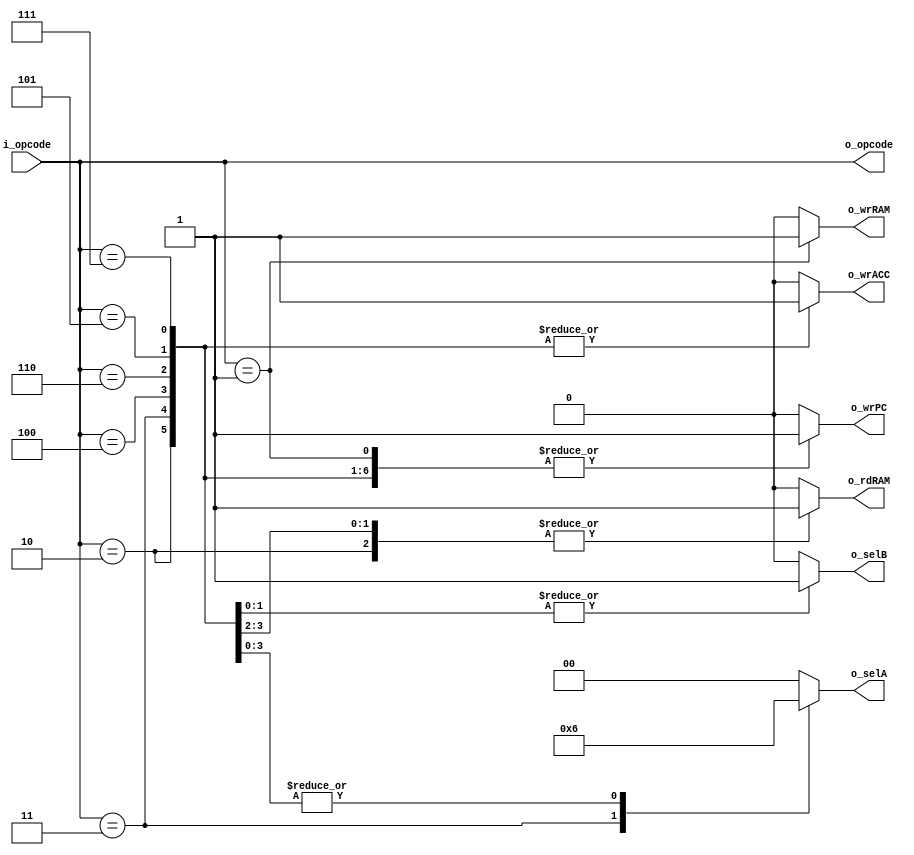
`timescale 1ns / 1ps

//////////////////////////////////////////////////////////////////////////////////
// Company: 
// 
// Design Name: 
// Module Name: top_arquitectura
// Project Name: BIPI
// Target Devices: 
// Tool Versions: 
// Description:
// 
// Dependencies: 
// 
// Revision:
// Revision 0.01 - File Created
// Additional Comments:
// 
//////////////////////////////////////////////////////////////////////////////////

module instruction_decoder
#(
  parameter OPCODE_LENGTH = 5   
)

(
  input [OPCODE_LENGTH - 1 : 0] i_opcode,//opcode leido de la mem de programa
  output reg o_wrPC,                    //variables de control para el direccionamiento de seales en el datapath
  output reg o_wrACC,
  output reg [1 : 0] o_selA,
  output reg o_selB,
  output reg [OPCODE_LENGTH - 1 : 0] o_opcode,
  output reg o_wrRAM,
  output reg o_rdRAM
);


  always @(*) begin
    case (i_opcode)

      5'b00000 : begin //inst halt
        o_wrPC = 0;//detengo el program counter
        o_wrACC = 0;//desactivo escritura al registro acc
        o_selA = 0;//no se cambia el reg acc
        o_selB = 0;
        o_opcode = i_opcode;
        o_wrRAM = 0;//no se usa mem de datos
        o_rdRAM = 0;
      end

      5'b00001 : begin //inst store variable
        o_wrPC = 1;//Pc incrementa enable
        o_wrACC = 0;//escritura al registro acc disabled
        o_selA = 0;//no se cambia el reg acc
        o_selB = 0;//no se utiliza la salida de la alu
        o_opcode = i_opcode;
        o_wrRAM = 1;//se escribe en ram de mem de datos
        o_rdRAM = 0;
      end

      5'b00010 : begin //inst load variable
        o_wrPC = 1;//Pc incrementa enable
        o_wrACC = 1;//escribo al registro acc
        o_selA = 0;//escribo al ACC Dato en memoria de datos en la dir especif en la instruccion
        o_selB = 0;//no se utiliza la salida de la alu
        o_opcode = i_opcode;
        o_wrRAM = 0;
        o_rdRAM = 1;//leo de la mem de datos
      end

      5'b00011 : begin //inst load inmidiate
        o_wrPC = 1;//Pc incrementa enable
        o_wrACC = 1;//escribo al registro acc
        o_selA = 1;//escribo al ACC el operando de la mem de programa(instruccion actual)
        o_selB = 0;//no se utiliza la salida de la alu
        o_opcode = i_opcode;
        o_wrRAM = 0;//no se usa mem de datos
        o_rdRAM = 0;
      end

      5'b00100 : begin //inst add variable
        o_wrPC = 1;//Pc incrementa enable
        o_wrACC = 1;//escribo al registro acc
        o_selA = 2;//escribo al ACC la salida de la alu
        o_selB = 0;//2do operando de la alu > salida mem de datos
        o_opcode = i_opcode;//op code suma
        o_wrRAM = 0;
        o_rdRAM = 1;//leo el dato de la mem de datos
      end

      5'b00101 : begin //inst add inmidiate
        o_wrPC = 1;//Pc incrementa enable
        o_wrACC = 1;//escribo al registro acc
        o_selA = 2;//escribo al ACC la salida de la alu
        o_selB = 1;//2do operando de la alu > operando de la mem de programa(instruccion actual)
        o_opcode = i_opcode;
        o_wrRAM = 0;//no se usa mem de datos
        o_rdRAM = 0;
      end

      5'b00110 : begin //inst sub variable
        o_wrPC = 1;//Pc incrementa enable
        o_wrACC = 1;//escribo al registro acc
        o_selA = 2;//escribo al ACC la salida de la alu
        o_selB = 0;//2do operando de la alu > salida mem de datos
        o_opcode = i_opcode;
        o_wrRAM = 0;
        o_rdRAM = 1;//leo de la mem de datos
      end

      5'b00111 : begin //inst sub inmidiate
        o_wrPC = 1;//Pc incrementa enable
        o_wrACC = 1;//escribo al registro acc
        o_selA = 2;//escribo al ACC la salida de la alu
        o_selB = 1;//2do operando de la alu > operando de la mem de programa(instruccion actual)
        o_opcode = i_opcode;
        o_wrRAM = 0;//no se usa mem de datos
        o_rdRAM = 0;
      end

      default begin
        o_wrPC = 0;
        o_wrACC = 0;
        o_selA = 0;
        o_selB = 0;
        o_opcode = i_opcode;
        o_wrRAM = 0;
        o_rdRAM = 0;
      end

    endcase
  end

endmodule